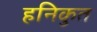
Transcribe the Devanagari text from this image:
हनिकुत